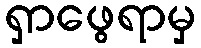
ရှာဖွေရာမှ